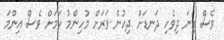
ވެސް ގިނަ ދިވެހި ދަނޑަށް ދިއުން ވަރަށް މުހިންމު ކަމަށް ވެސް އިންމަ